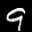
Label: 9